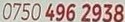
0750 496 2938